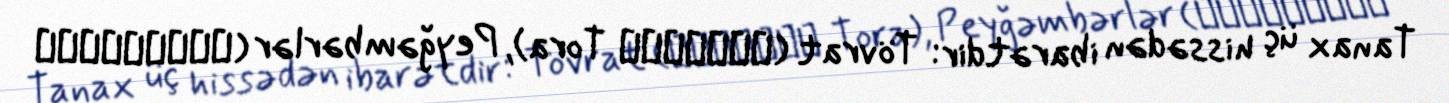
Tanax üç hissədən ibarətdir: Tövrat (תּוֹרָה Tora), Peyğəmbərlər (נְבִיאִים